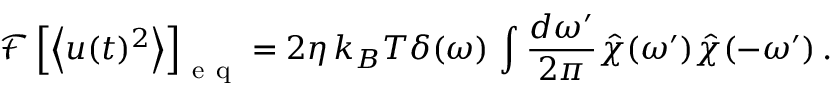
\mathcal { F } \left[ \left< u ( t ) ^ { 2 } \right> \right] _ { \mathrm { ~ e ~ q ~ } } = 2 \eta \, k _ { B } T \delta ( \omega ) \, \int \frac { d \omega ^ { \prime } } { 2 \pi } \hat { \chi } ( \omega ^ { \prime } ) \hat { \chi } ( - \omega ^ { \prime } ) \, .